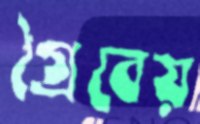
গ্রৈবেয়